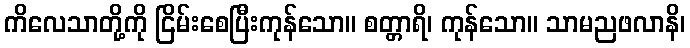
ကိလေသာတို့ကို ငြိမ်းစေပြီးကုန်သော။ စတ္တာရိ၊ ကုန်သော။ သာမညဖလာနိ၊